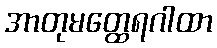
အာတုမတ္ထေရဂါထာ